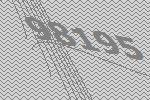
98195